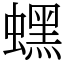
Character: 蟔